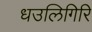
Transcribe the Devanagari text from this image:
धउलिगिरि